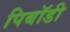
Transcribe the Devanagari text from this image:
पिबॉडी